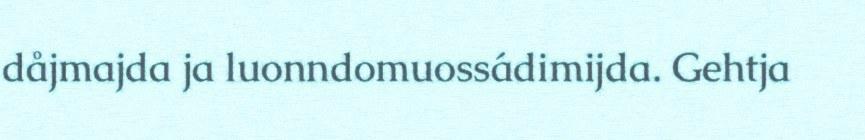
dåjmajda ja luonndomuossádimijda. Gehtja